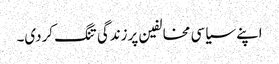
اپنے سیاسی مخالفین پرزندگی تنگ کردی۔